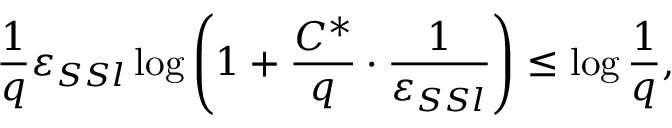
\frac { 1 } { q } \varepsilon _ { S S l } \log \left( 1 + \frac { C ^ { * } } { q } \cdot \frac { 1 } { \varepsilon _ { S S l } } \right) \leq \log \frac 1 q ,